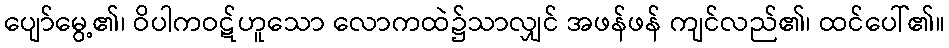
ပျော်မွေ့၏၊ ဝိပါကဝဋ်ဟူသော လောကထဲ၌သာလျှင် အဖန်ဖန် ကျင်လည်၏၊ ထင်ပေါ်၏။